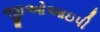
જીઓઆઇપી